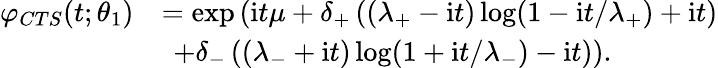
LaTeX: \begin{array}{rl}{\varphi_{CTS}(t;\theta_{1})}&{=\exp\left(\mathrm{i}t\mu+\delta_{+}\left((\lambda_{+}-\mathrm{i}t)\log(1-\mathrm{i}t/\lambda_{+})+\mathrm{i}t\right)\right.}\\ &{\ \left.+\delta_{-}\left((\lambda_{-}+\mathrm{i}t)\log(1+\mathrm{i}t/\lambda_{-})-\mathrm{i}t\right)\right).}\end{array}